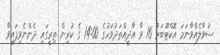
ސުވާލެއްވާނަމަ އޮކްޓޫބަރު 16 ވާ އާދީއްތަދުވަހުގެ 14:00 ގެ ކުރިން ތިރީގައި ދެންނެވިފައިވާ